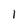
Character: 1